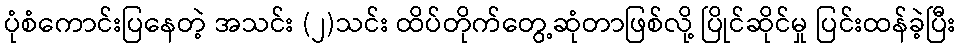
ပုံစံကောင်းပြနေတဲ့ အသင်း (၂)သင်း ထိပ်တိုက်တွေ့ဆုံတာဖြစ်လို့ ပြိုင်ဆိုင်မှု ပြင်းထန်ခဲ့ပြီး